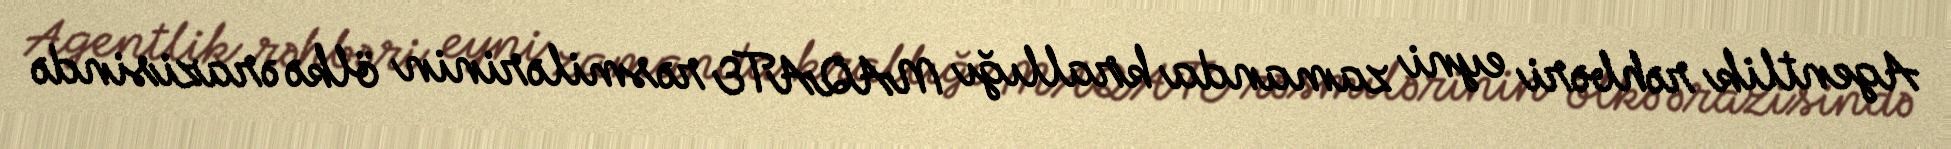
Agentlik rəhbəri eyni zamanda krallığı MAQATE rəsmilərinin ölkə ərazisində